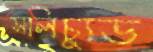
সলিচ্যুড